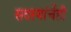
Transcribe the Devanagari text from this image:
सदस्यांचेंही